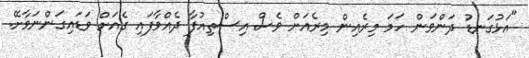
"އަޅުގަނޑު ދަންވަން ހަމަ މިރެެއިން މިރެއަށް ވެސް އިސްތިއުފާ ދެއްވާފައި ގެއަށް ވަޑައިގަންނަވާށޭ.